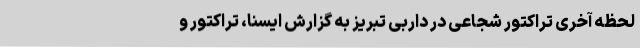
لحظه آخری تراکتور شجاعی در داربی تبریز به گزارش ایسنا، تراکتور و